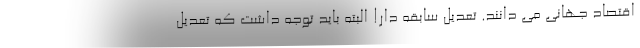
اقتصاد جهانی می دانند. تعدیل سابقه دار! البته باید توجه داشت که تعدیل